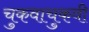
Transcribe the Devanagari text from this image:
चुकवाचुकवी